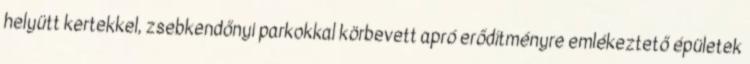
helyütt kertekkel, zsebkendőnyi parkokkal körbevett apró erődítményre emlékeztető épületek